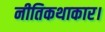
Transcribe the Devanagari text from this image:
नीतिकथाकार।